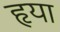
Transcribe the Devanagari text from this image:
हृया